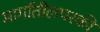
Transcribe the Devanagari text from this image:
मार्गातीलपरकी